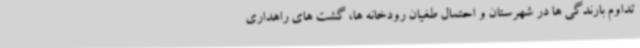
تداوم بارندگی ها در شهرستان و احتمال طغیان رودخانه ها، گشت های راهداری